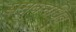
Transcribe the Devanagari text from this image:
समबनधित